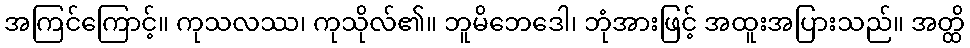
အကြင်ကြောင့်။ ကုသလဿ၊ ကုသိုလ်၏။ ဘူမိဘေဒေါ၊ ဘုံအားဖြင့် အထူးအပြားသည်။ အတ္ထိ